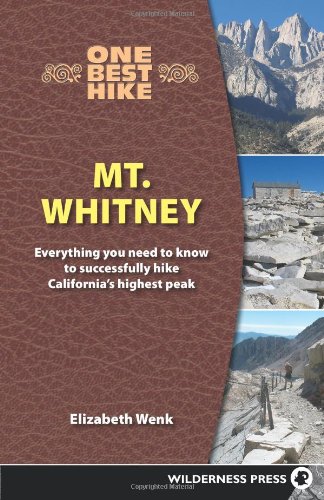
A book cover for One Best Hike: Mt. Whitney; Elizabeth Wenk; Travel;